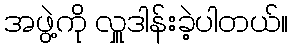
အဖွဲ့ကို လှူဒါန်းခဲ့ပါတယ်။